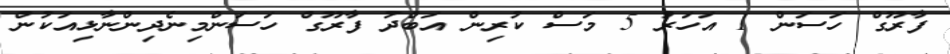
ފާރޫގް ހަސަން 1 އަހަރު 5 މަސް ކުރިން އަބްދު ފާރޫގް ހަސަންމިނެދިންނާޅިއަކުން